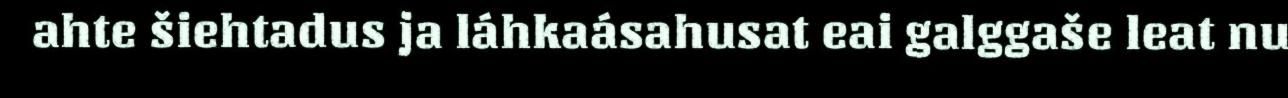
ahte šiehtadus ja láhkaásahusat eai galggaše leat nu